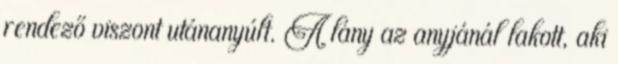
rendező viszont utánanyúlt. A lány az anyjánál lakott, aki